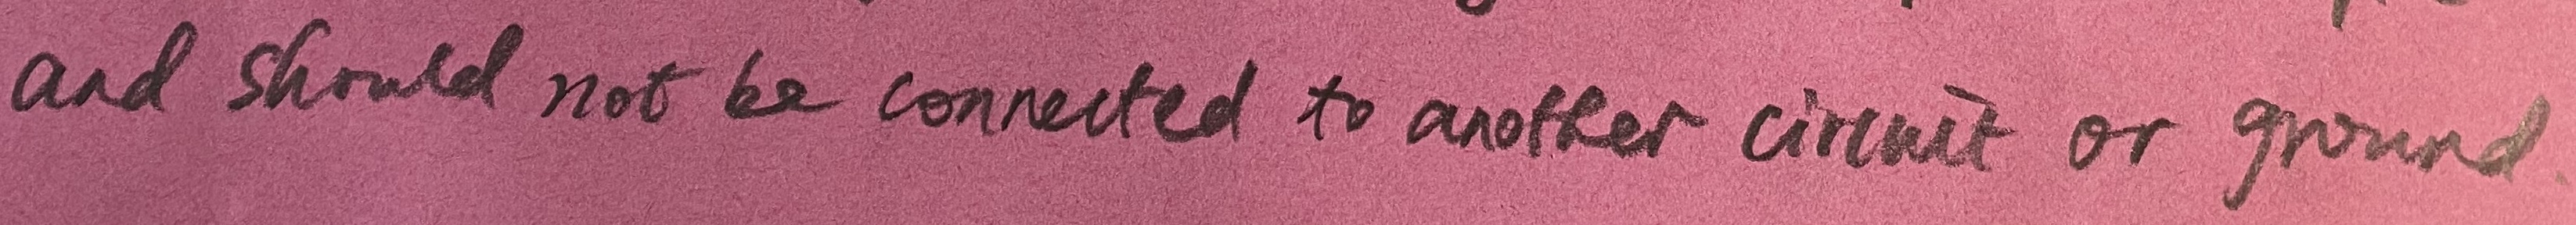
Text: and should not be connected to another circuit or ground